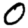
Digit: 0